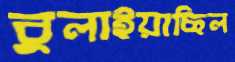
বুলাইয়াছিল